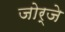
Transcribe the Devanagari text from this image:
जोर्जे